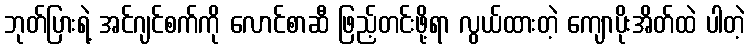
ဘုတ်ပြားရဲ့ အင်ဂျင်စက်ကို လောင်စာဆီ ဖြည့်တင်းဖို့ရာ လွယ်ထားတဲ့ ကျောပိုးအိတ်ထဲ ပါတဲ့